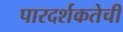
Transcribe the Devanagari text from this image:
पारदर्शकतेची